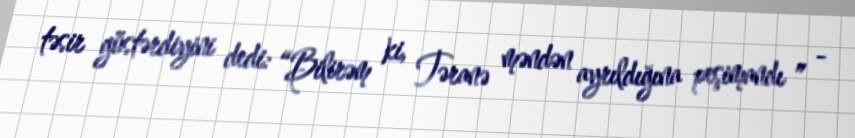
təsir göstərdiyini dedi: “Bilirəm ki, Təranə məndən ayrıldığına peşimandı ” -